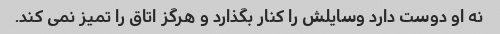
نه او دوست دارد وسایلش را کنار بگذارد و هرگز اتاق را تمیز نمی کند.